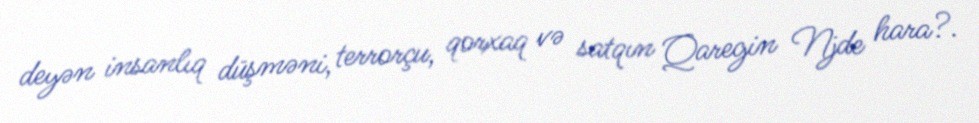
deyən insanlıq düşməni, terrorçu, qorxaq və satqın Qaregin Njde hara?.